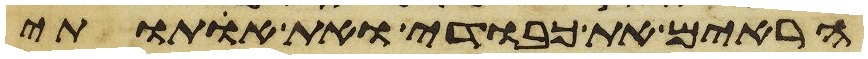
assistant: הראים את כבודי ואת אתותי